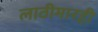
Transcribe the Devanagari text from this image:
लाठीमारही